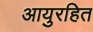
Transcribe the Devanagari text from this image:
आयुरहित